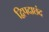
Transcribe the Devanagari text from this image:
द्विपदाछंद